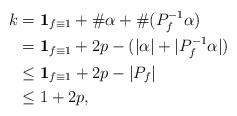
LaTeX: \begin{align*} k &={\bf 1}_{f \equiv 1} + \#\alpha + \#(P_f^{-1}\alpha)\\&= {\bf 1}_{f \equiv 1} + 2p- (|\alpha| + |P_f^{-1}\alpha|)\\&\leq {\bf 1}_{f \equiv 1} + 2p - |P_f|\\&\leq 1+2p,\end{align*}